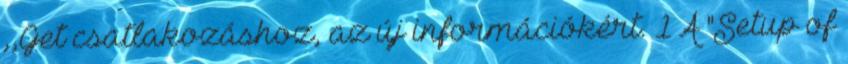
,,Get csatlakozáshoz, az új információkért. 1 A "Setup of